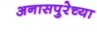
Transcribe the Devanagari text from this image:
अनासपुरेच्या